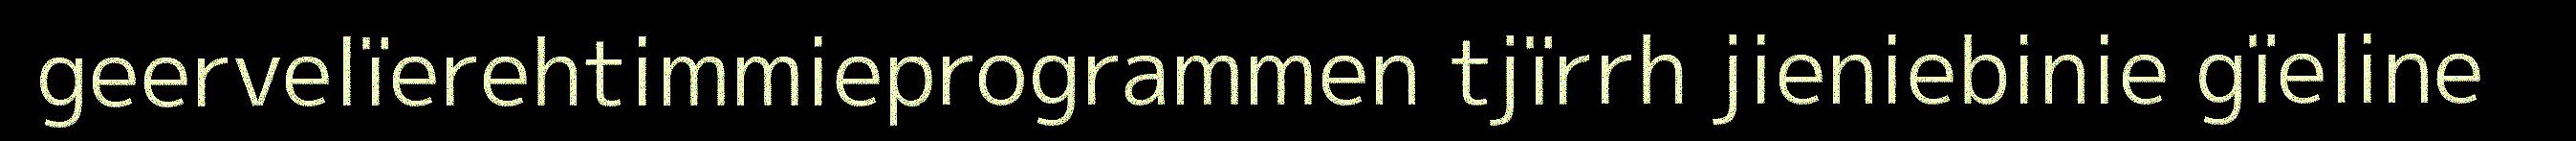
geervelïerehtimmieprogrammen tjïrrh jieniebinie gïeline